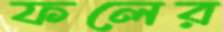
ফলের